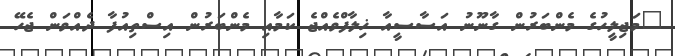
"މަޖިލީހުގެ މެންބަރުން ގާނޫނު އަސާސީއާ ޚިލާފްވެއްޖެ ކަމާއި މެންބަރުން އިސްތިއުފާ ދެއްވަން ޖެހޭ